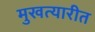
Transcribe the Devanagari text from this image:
मुखत्यारीत